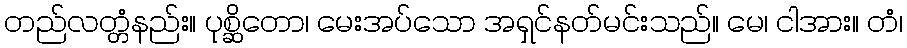
တည်လတ္တံနည်း။ ပုစ္ဆိတော၊ မေးအပ်သော အရှင်နတ်မင်းသည်။ မေ၊ ငါအား။ တံ၊